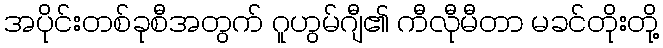
အပိုင်းတစ်ခုစီအတွက် ဂူဟွမ်ဂျီ၏ ကီလီုမီတာ မခင်တိုးတို့